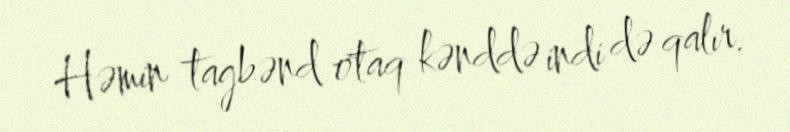
Həmin tagbənd otaq kənddə indi də qalır.